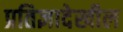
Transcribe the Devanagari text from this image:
प्रतिज्ञादेखील